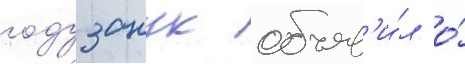
году занук объяв'и́л о́